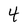
Character: 4